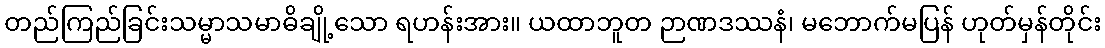
တည်ကြည်ခြင်းသမ္မာသမာဓိချို့သော ရဟန်းအား။ ယထာဘူတ ဉာဏဒဿနံ၊ မဘောက်မပြန် ဟုတ်မှန်တိုင်း